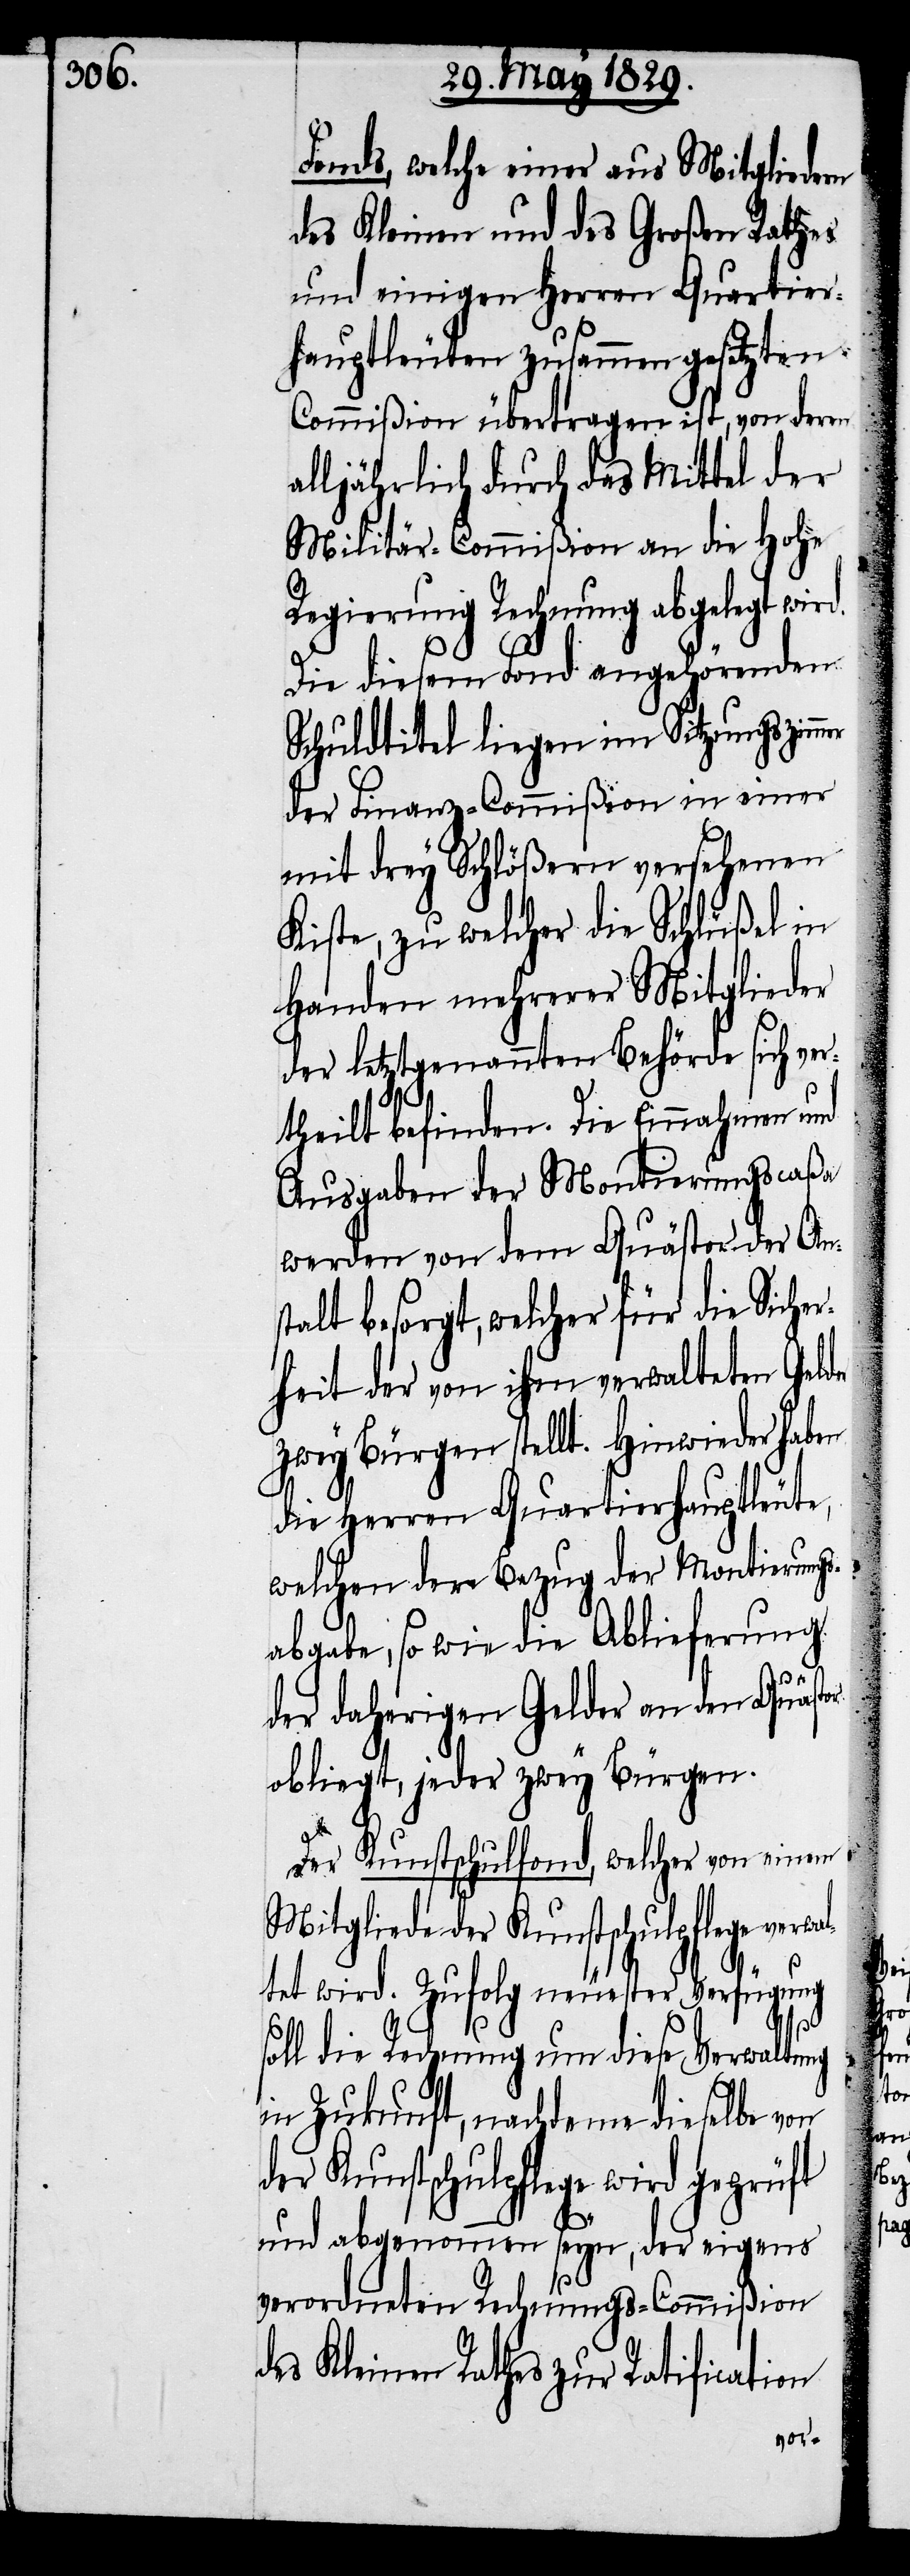
Fonds, welche einer aus Mitgliedern
des Kleinen und des Großen Rathes
und einigen Herrn Quartier¬
hauptleuten zusammengesetzten
Commißion übertragen ist, von deren
alljährlich durch das Mittel der
Militär-Commißion an die Hohe
Regierung Rechnung abgelegt wird.
Die diesem Fond angehörenden
Schuldtitel liegen im Sitzungszim¬
der Finanz-Commißion in einer
mit drey Schlößern versehenen
Kiste, zu welcher die Schlüßel in
Handen mehrerer Mitglieder
der letztgenannten Behörde sich ver¬
theilt befinden. Die Einnahmen und
Ausgaben der Montierungscaßa
werden von dem Quästor der An¬
stalt besorgt, welcher für die Siche¬
rheit der von ihm verwalteten Gel¬
zwey Bürgen stellt. Hinwieder haben
die Herren Quartierhauptleute,
welchen der Bezug der Montierung¬
sabgabe, so wie die Ablieferung
der
der daherigen Gelder an den Quästor
obliegt, jeder zwey Bürgen.
Der Kunstschulfond, welcher von einem
Mitgliede der Kunstschulpflege verw¬
altet wird. Zufolg neuester Verfügung
soll die Rechnung um diese Verwaltung
in Zukunft, nachdeme dieselbe von
der Kunstschulpflege wird geprüft
und abgenommen seyn, der eigens
verordneten Rechnungs-Commißion
des Kleinen Rathes zur Ratification